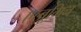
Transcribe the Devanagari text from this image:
एल्बूमिन